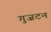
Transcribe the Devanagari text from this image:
गुज़टन